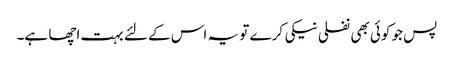
پس جو کوئی بھی نفلی نیکی کرے تو یہ اس کے لئے بہت اچھا ہے۔